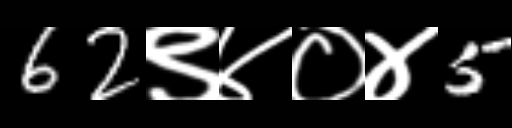
Text: 62९४०४5